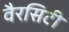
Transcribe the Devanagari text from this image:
वैरसिटी